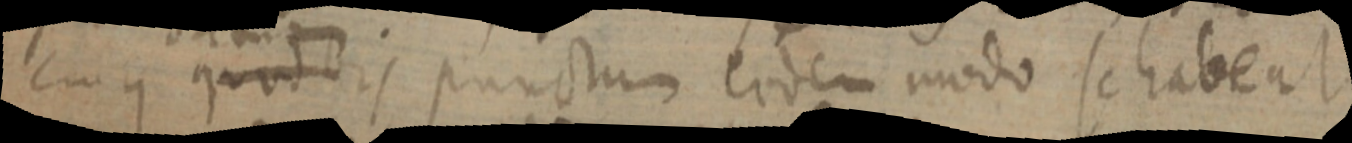
cujus quodvis punctum eodem modo se habent